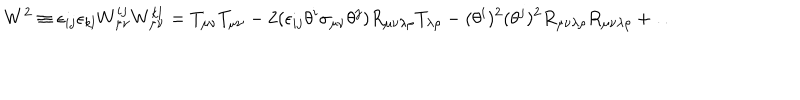
LaTeX: W ^ { 2 } \equiv \epsilon _ { i j } \epsilon _ { k l } W _ { \mu \nu } ^ { i j } W _ { \mu \nu } ^ { k l } = T _ { \mu \nu } T _ { \mu \nu } - 2 ( \epsilon _ { i j } \theta ^ { i } \sigma _ { \mu \nu } \theta ^ { j } ) R _ { \mu \nu \lambda \rho } T _ { \lambda \rho } - ( \theta ^ { i } ) ^ { 2 } ( \theta ^ { j } ) ^ { 2 } R _ { \mu \nu \lambda \rho } R _ { \mu \nu \lambda \rho } + \dots